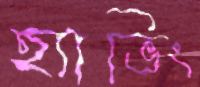
হ্যাভিং